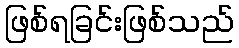
ဖြစ်ရခြင်းဖြစ်သည်